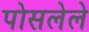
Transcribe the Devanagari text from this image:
पोसलेले